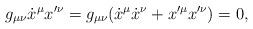
LaTeX: \begin{align*}g_{\mu\nu}\dot{x}^\mu x'^\nu=g_{\mu\nu}(\dot{x}^\mu\dot{x}^\nu+x'^\mu x'^\nu)=0,\end{align*}